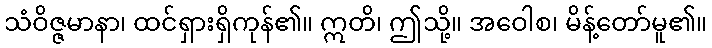
သံဝိဇ္ဇမာနာ၊ ထင်ရှားရှိကုန်၏။ ဣတိ၊ ဤသို့။ အဝေါစ၊ မိန့်တော်မူ၏။